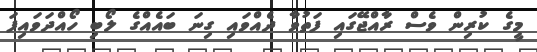
މީގެ ކުރިން ވެސް ރާއްޖޭގައި ފަތުވާ ދެއްވައި ގިނަ ބައެއްގެ ލޯބި ހޯއްދަވައިފަ